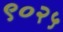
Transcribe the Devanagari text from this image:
९०२५